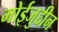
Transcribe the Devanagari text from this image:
मोईजुद्दीन